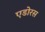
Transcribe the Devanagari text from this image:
एडोरस